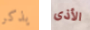
يذكر الأذى